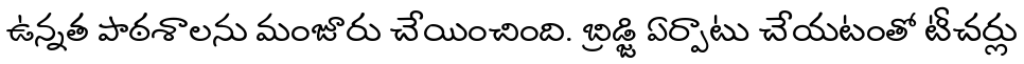
ఉన్నత పాఠశాలను మంజూరు చేయించింది. బ్రిడ్జి ఏర్పాటు చేయటంతో టీచర్లు